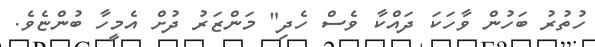
ހުތުރު ބަހުން ވާހަކަ ދައްކާ ވެސް ހެދި" މަންޒަރު ދުށް އެމީހާ ބުންޏެވެ.